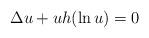
LaTeX: \begin{align*}\Delta u+uh(\ln u)=0\end{align*}